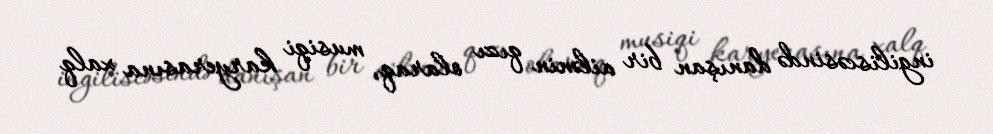
ingiliscəsində danışan bir ailənin qızı olaraq, musiqi karyerasına xalq